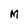
Character: M